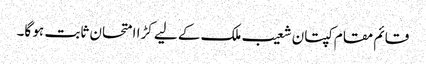
قائم مقام کپتان شعیب ملک کے لیے کڑا امتحان ثابت ہو گا۔